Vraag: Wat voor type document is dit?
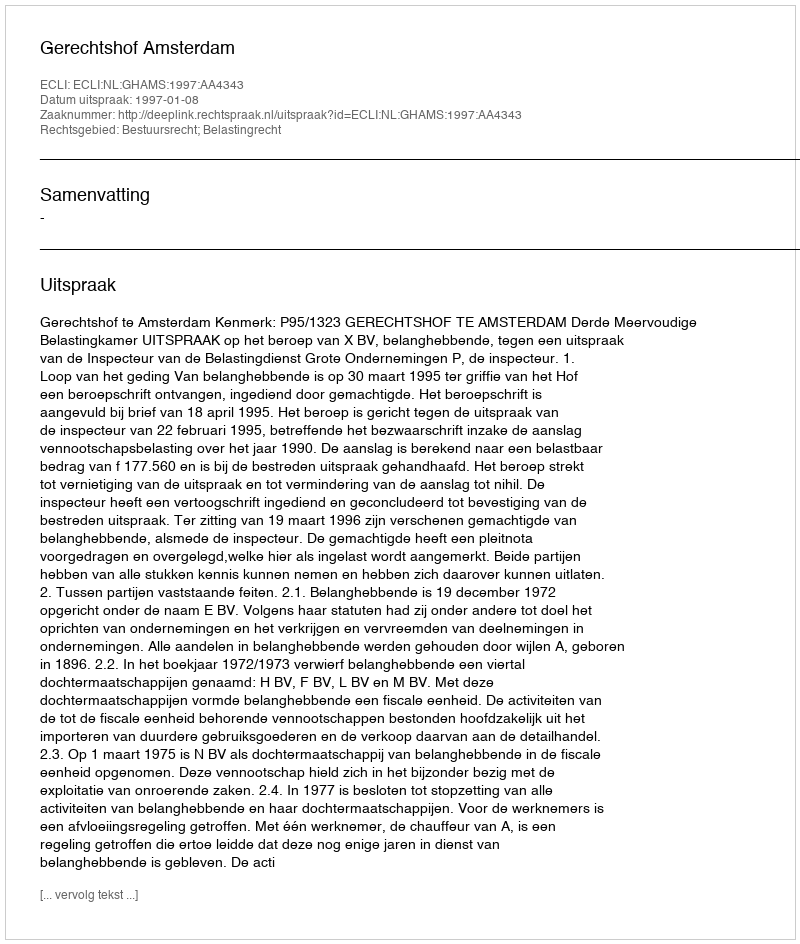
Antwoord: Uitspraak